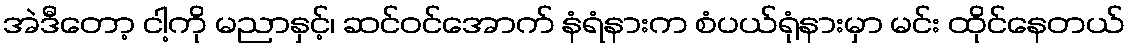
အဲဒီတော့ ငါ့ကို မညာနှင့်၊ ဆင်ဝင်အောက် နံရံနားက စံပယ်ရုံနားမှာ မင်း ထိုင်နေတယ်